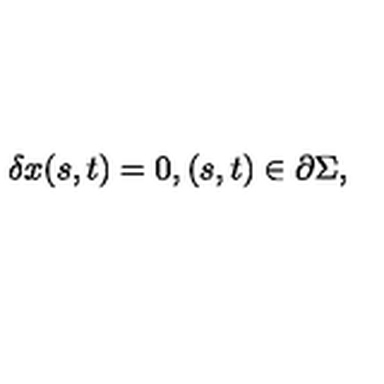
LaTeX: \delta x ( s , t ) = 0 , ( s , t ) \in \partial \Sigma ,